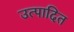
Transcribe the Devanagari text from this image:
उत्पादित